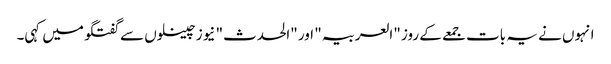
انہوں نے یہ بات جمعے کے روز "العربیہ" اور "الحدث" نیوز چینلوں سے گفتگو میں کہی۔